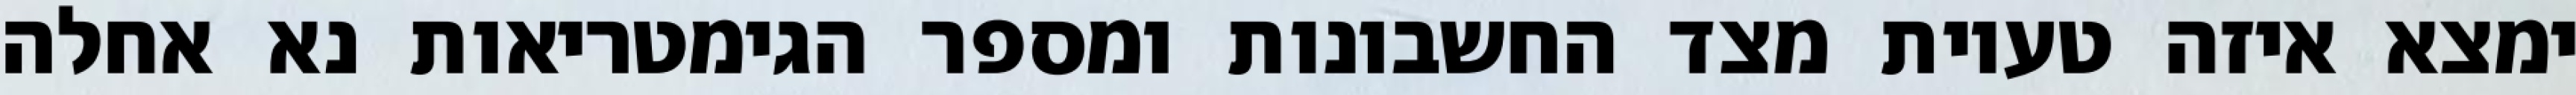
ימצא איזה טעיות מצד החשבונות ומספר הגימטריאות נא אחלה